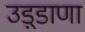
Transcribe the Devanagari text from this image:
उड़्डाणा